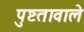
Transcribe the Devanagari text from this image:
पुष्टतावाले